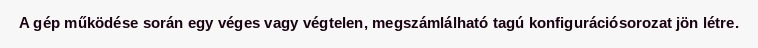
A gép működése során egy véges vagy végtelen, megszámlálható tagú konfigurációsorozat jön létre.